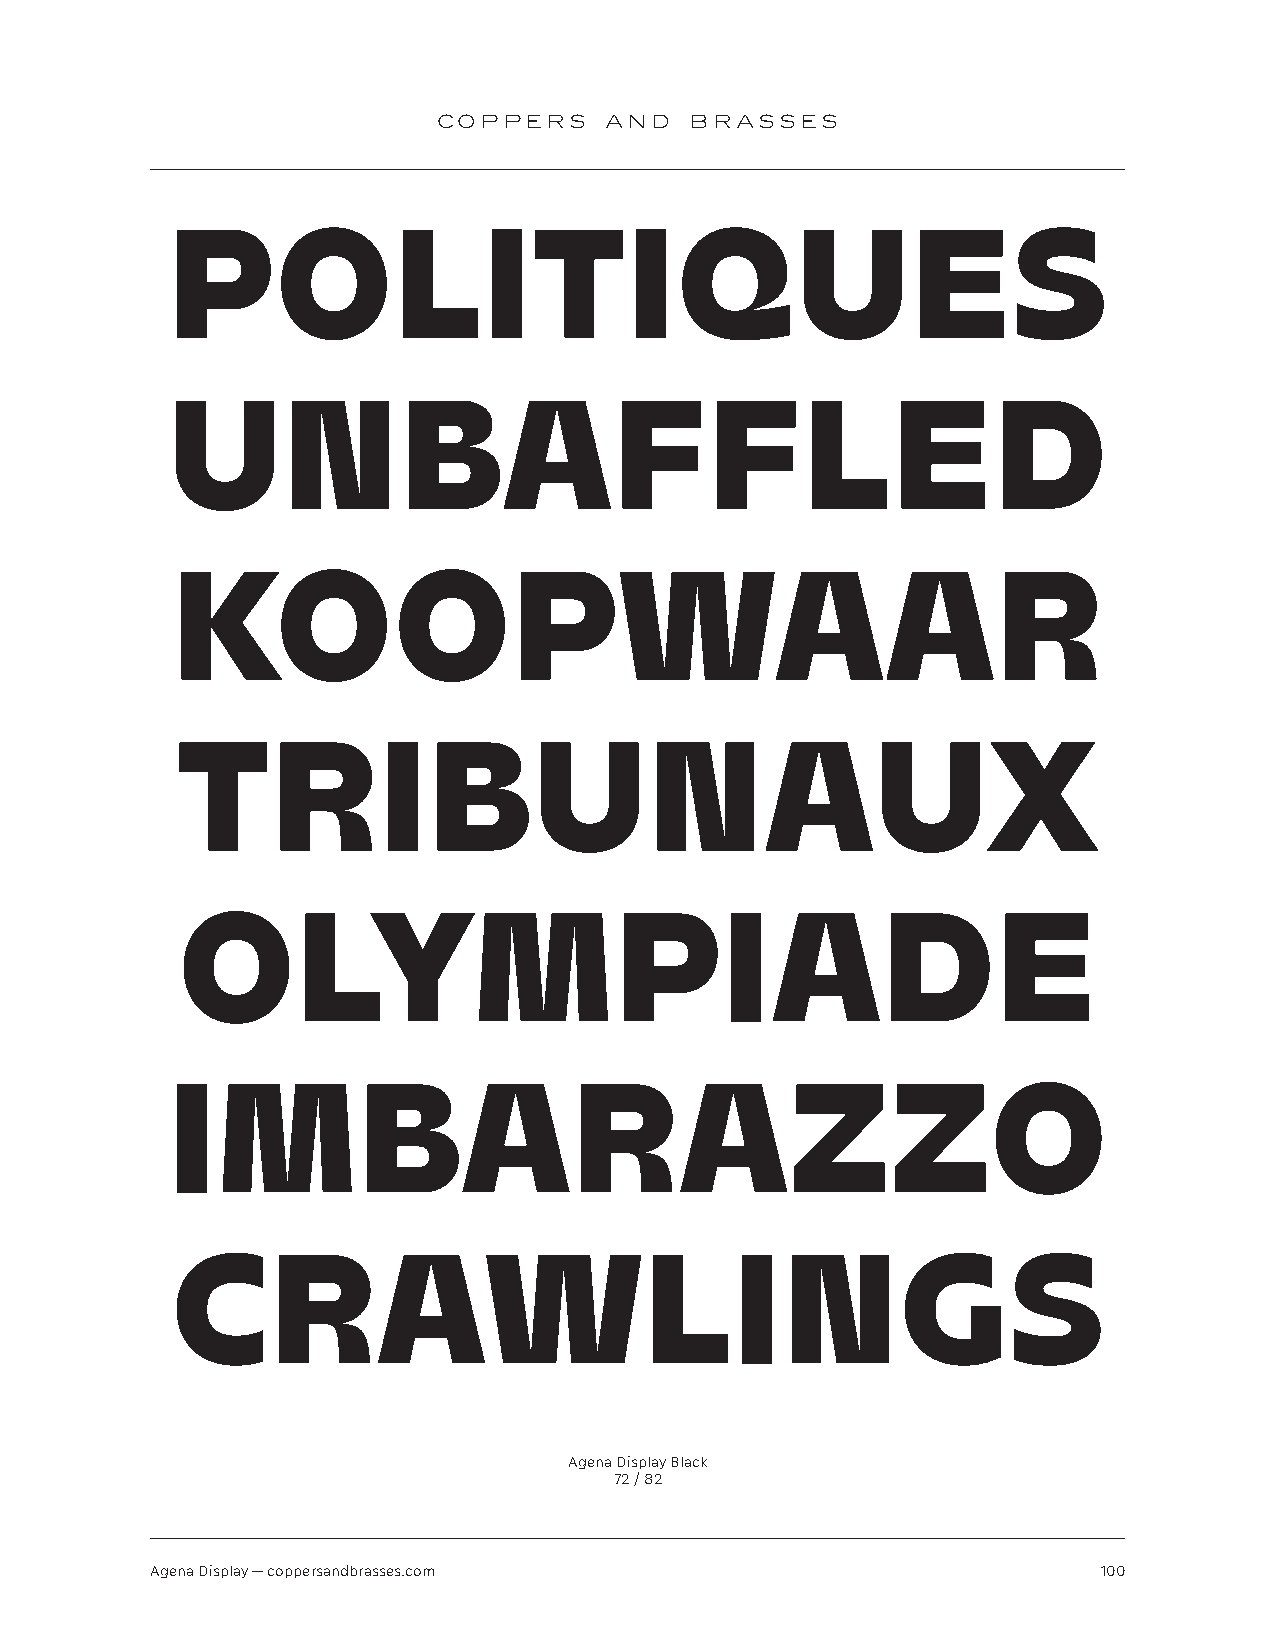
COPPERS    AND   BRASSES
 POLITIQUES
 UNBAFFLED
 KOOPWAAR
 TRIBUNAUX
 OLYMPIADE
 IMBARAZZO
 CRAWLINGS
 Agena Display Black
 72 / 82
 Agena Display — coppersandbrasses.com                          100